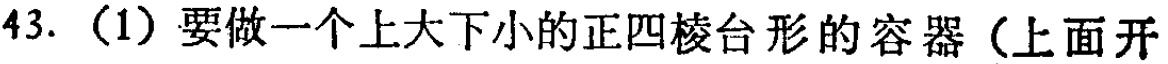
43. （1）要做一个上大下小的正四棱台形的容器（上面开